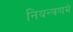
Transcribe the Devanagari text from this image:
नियन्त्रणमे